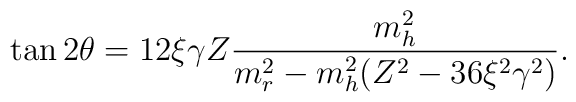
\tan 2 \theta = 12 \xi \gamma Z \frac{m^2 _h}{m^2_{r}-m^2_h (Z^2 -36 \xi ^2 \gamma^2)}.